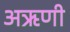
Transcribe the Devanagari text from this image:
अऋणी